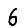
Digit: 6